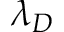
\lambda _ { D }